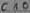
Text: C10